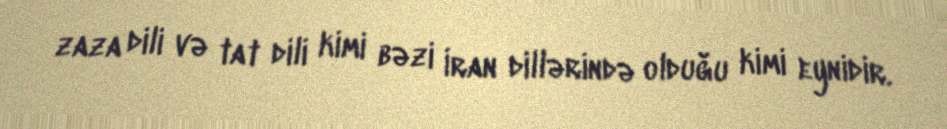
zaza dili və tat dili kimi bəzi İran dillərində olduğu kimi eynidir.